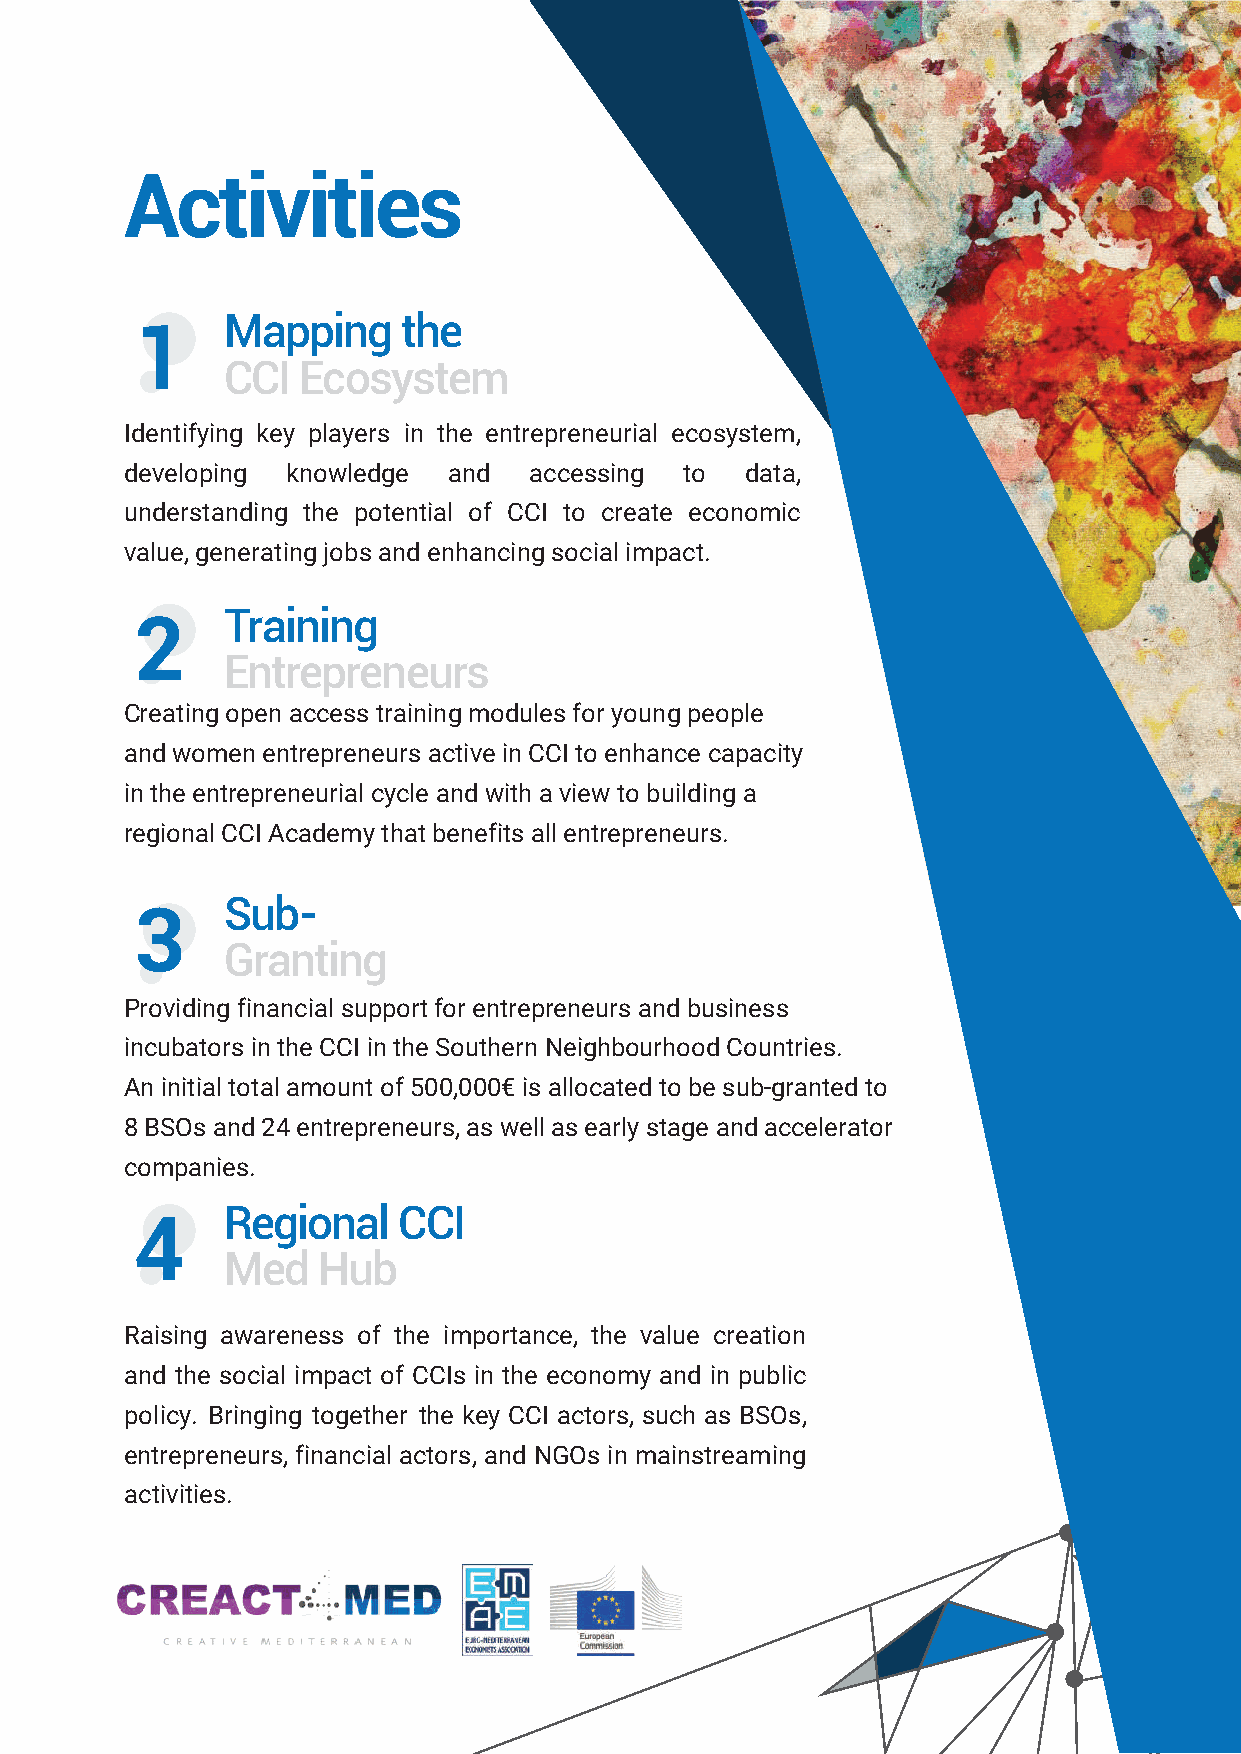
Activities
 Mapping     the
 1
 CCI  Ecosystem
 Identifying key players in the entrepreneurial ecosystem,
 developing knowledge  and  accessing to  data,
 understanding the potential of CCI to create economic
 value, generating jobs and enhancing social impact.
 Training
 2
 Entrepreneurs
 Creating open access training modules for young people
 and women entrepreneurs active in CCI to enhance capacity
 in the entrepreneurial cycle and with a view to building a
 regional CCI Academy that benefits all entrepreneurs.
 Sub-
 3
 Granting
 Providing financial support for entrepreneurs and business
 incubators in the CCI in the Southern Neighbourhood Countries.
 An initial total amount of 500,000€ is allocated to be sub-granted to
 8 BSOs and 24 entrepreneurs, as well as early stage and accelerator
 companies.
 Regional   CCI
 4
 Med   Hub
 Raising awareness of the importance, the value creation
 and the social impact of CCIs in the economy and in public
 policy. Bringing together the key CCI actors, such as BSOs,
 entrepreneurs, financial actors, and NGOs in mainstreaming
 activities.